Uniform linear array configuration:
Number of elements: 16
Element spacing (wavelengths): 1
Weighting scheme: hann
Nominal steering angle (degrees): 0
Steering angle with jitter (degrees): -0.3016
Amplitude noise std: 0.05
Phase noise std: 0.05

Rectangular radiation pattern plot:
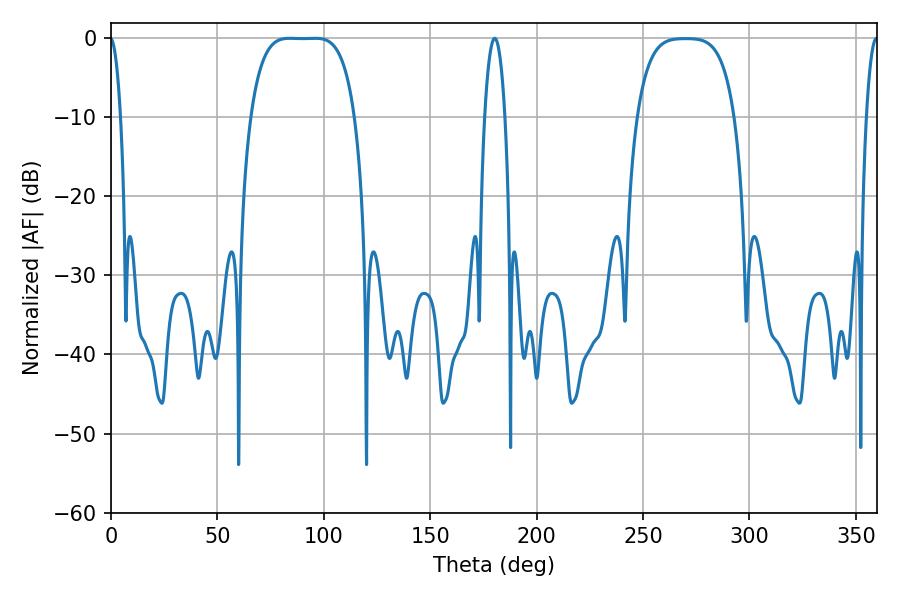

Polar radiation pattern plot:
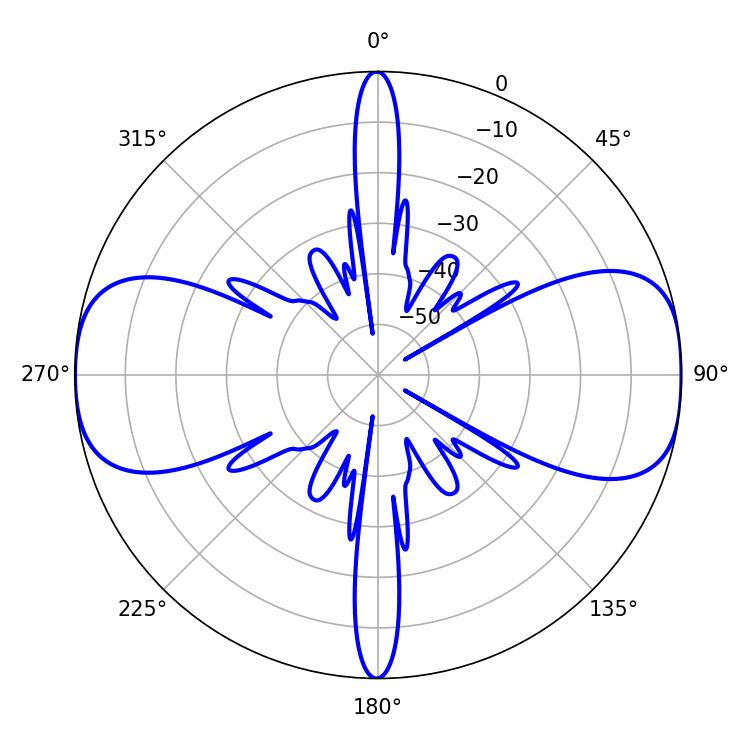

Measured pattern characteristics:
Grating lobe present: TRUE
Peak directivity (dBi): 14.295
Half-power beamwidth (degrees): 37.44
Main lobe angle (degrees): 84.06